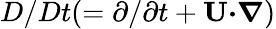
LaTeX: D/Dt(=\partial/\partial t+{\textbf{U}}{\boldsymbol{\cdot}}{\boldsymbol{\nabla}})